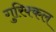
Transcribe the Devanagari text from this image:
गुरिक्कल